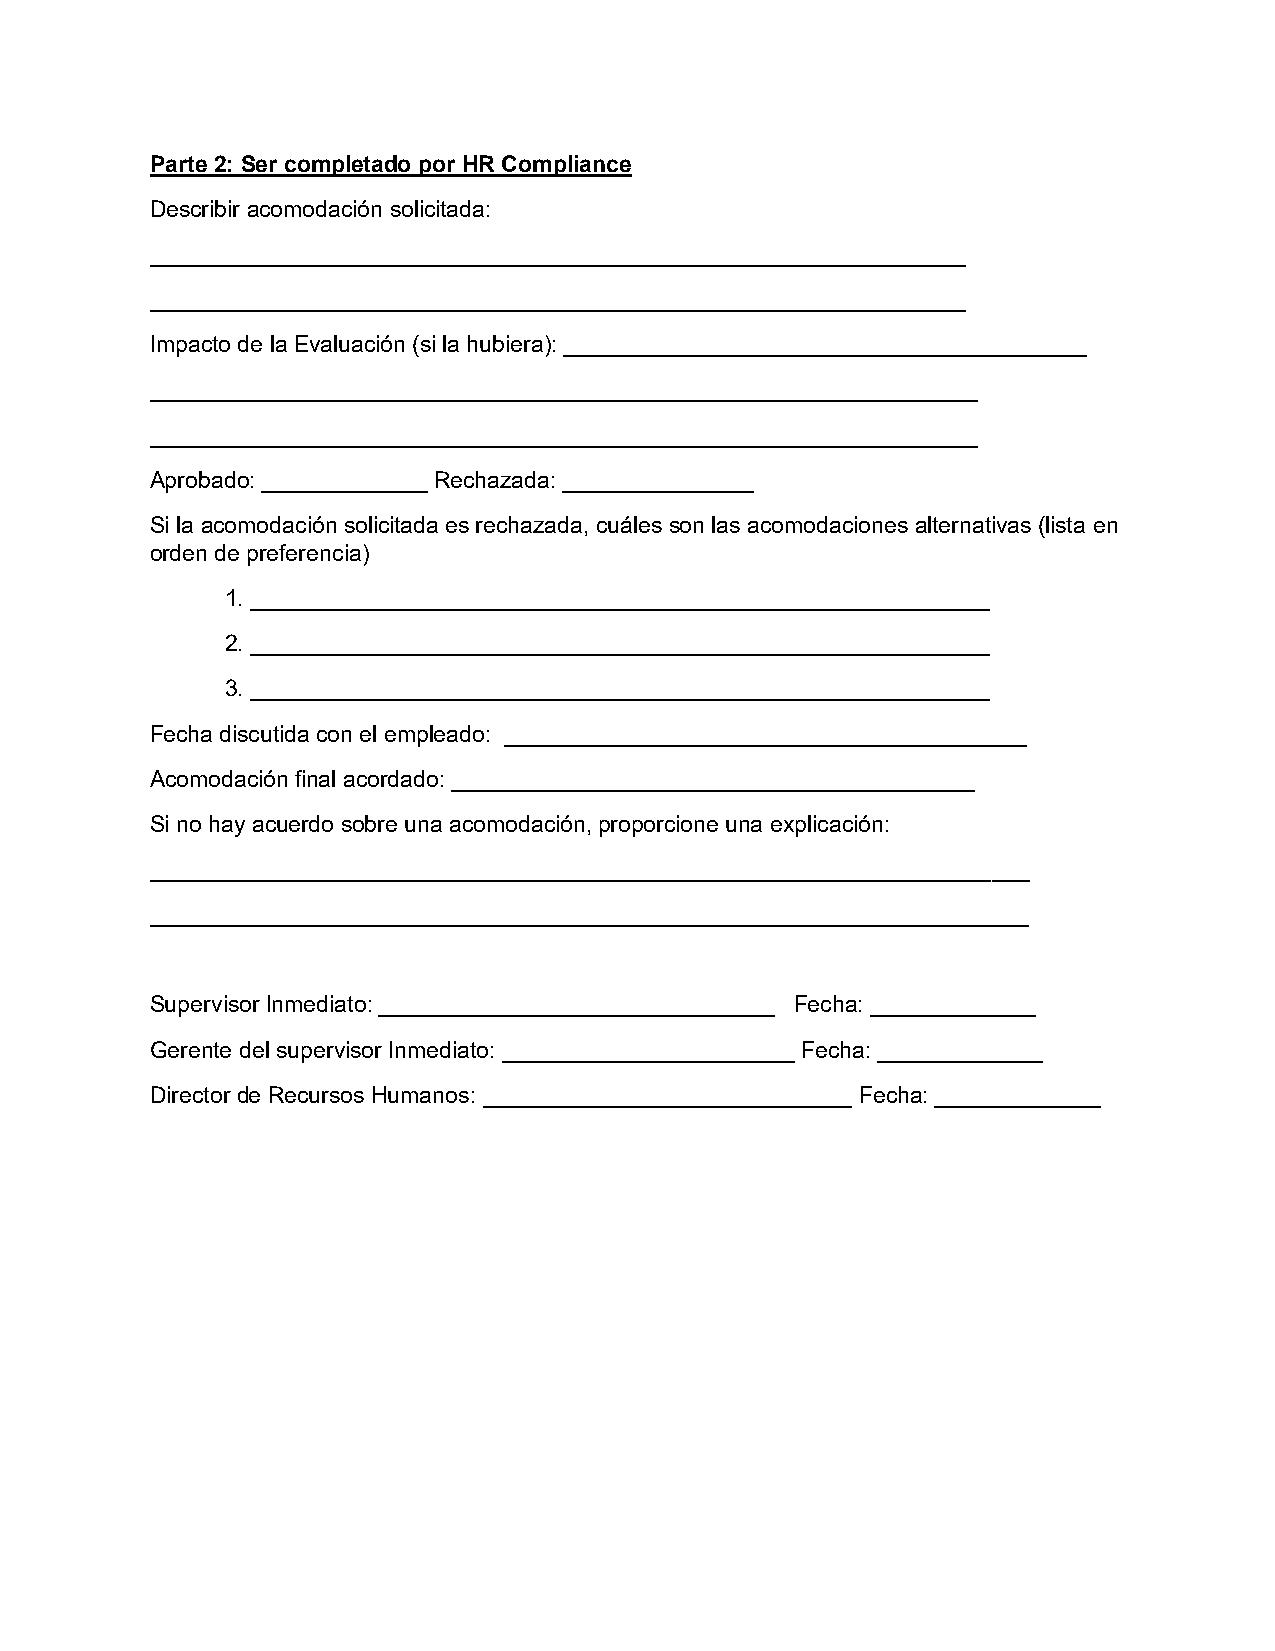
Parte 2: Ser completado por HR Compliance
 Describir acomodación solicitada:
 ________________________________________________________________
 ________________________________________________________________
 Impacto de la Evaluación (si la hubiera): _________________________________________
 _________________________________________________________________
 _________________________________________________________________
 Aprobado: _____________ Rechazada: _______________
 Si la acomodación solicitada es rechazada, cuáles son las acomodaciones alternativas (lista en
 orden de preferencia)
 1. __________________________________________________________
 2. __________________________________________________________
 3. __________________________________________________________
 Fecha discutida con el empleado: _________________________________________
 Acomodación final acordado: _________________________________________
 Si no hay acuerdo sobre una acomodación, proporcione una explicación:
 _____________________________________________________________________
 _____________________________________________________________________
 Supervisor Inmediato: _______________________________ Fecha: _____________
 Gerente del supervisor Inmediato: _______________________ Fecha: _____________
 Director de Recursos Humanos: _____________________________ Fecha: _____________